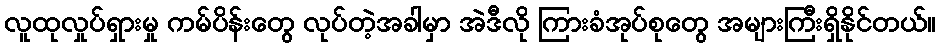
လူထုလှုပ်ရှားမှု ကမ်ပိန်းတွေ လုပ်တဲ့အခါမှာ အဲဒီလို ကြားခံအုပ်စုတွေ အများကြီးရှိနိုင်တယ်။